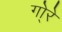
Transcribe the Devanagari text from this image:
गो्रे